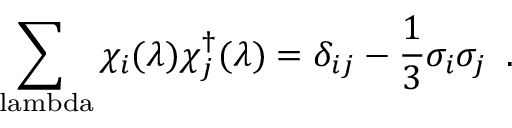
\sum _ { \mathrm { \ l a m b d a } } \chi _ { i } ( \lambda ) \chi _ { j } ^ { \dagger } ( \lambda ) = \delta _ { i j } - \frac { 1 } { 3 } \sigma _ { i } \sigma _ { j } \; \; .